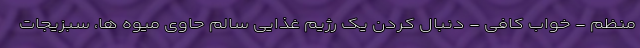
منظم - خواب کافی - دنبال کردن یک رژیم غذایی سالم حاوی میوه ها، سبزیجات